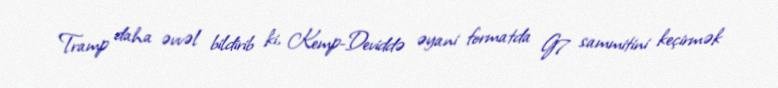
Tramp daha əvvəl bildirib ki, Kemp-Deviddə əyani formatda G7 sammitini keçirmək